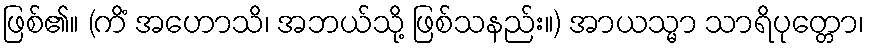
ဖြစ်၏။ (ကိံ အဟောသိ၊ အဘယ်သို့ ဖြစ်သနည်း။) အာယသ္မာ သာရိပုတ္တော၊